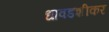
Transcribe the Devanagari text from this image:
धावडशीकर